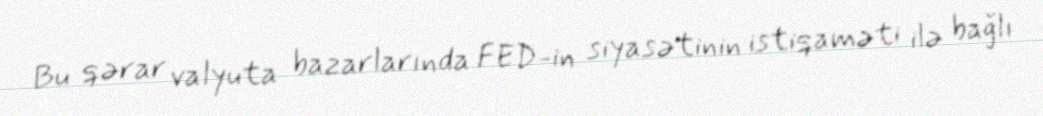
Bu qərar valyuta bazarlarında FED-in siyasətinin istiqaməti ilə bağlı